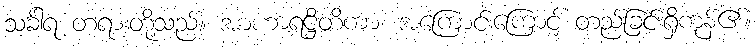
သင်္ခါရ တရားတို့သည်။ အာဟာရဋ္ဌိတိကာ၊ အကြောင်းကြောင့် တည်ခြင်းရှိကုန်၏။